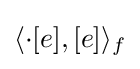
\langle \cdot [e],[e]\rangle _{f}